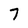
Character: 7